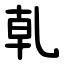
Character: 乹